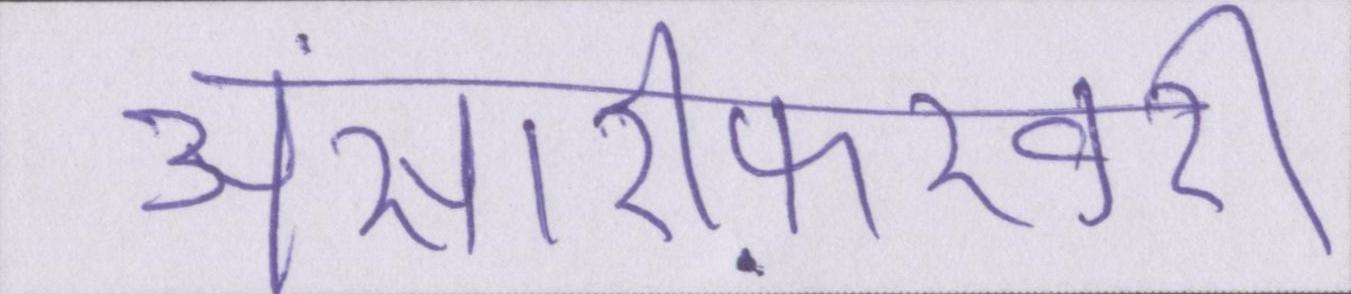
अंसारीफ़रवरी